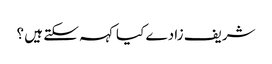
شریف زادے کیا کہہ سکتے ہیں ؟